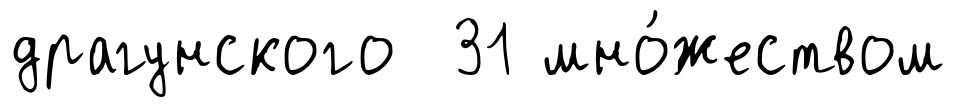
драгунского 31 мно́жеством